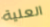
العلية